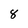
Character: 8